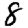
Digit: 8